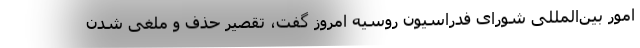
امور بین‌المللی شورای فدراسیون روسیه امروز گفت، تقصیر حذف و ملغی شدن